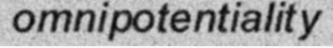
omnipotentiality